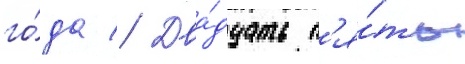
го́да // Два́дцать п'я́ть